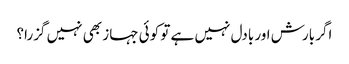
اگر بارش اور بادل نہیں ہے تو کوئی جہاز بھی نہیں گزرا؟